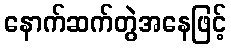
နောက်ဆက်တွဲအနေဖြင့်